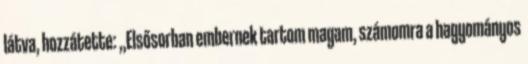
látva, hozzátette: „Elsősorban embernek tartom magam, számomra a hagyományos